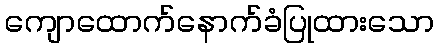
ကျောထောက်နောက်ခံပြုထားသော